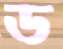
ড